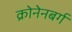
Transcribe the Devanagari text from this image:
क्रोनेनबर्ग